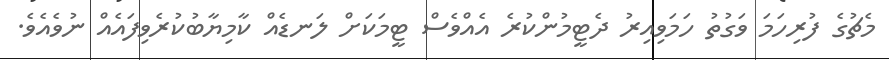
މެޗުގެ ފުރިހަމަ ވަގުތު ހަމަވިއިރު ދެޓީމުންކުރެ އެއްވެސް ޓީމަކަށް ލަނޑެއް ކާމިޔާބުކުރެވިފައެއް ނުވެއެވެ.